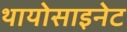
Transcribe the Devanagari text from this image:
थायोसाइनेट